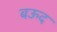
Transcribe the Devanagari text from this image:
बऊद